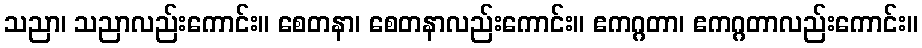
သညာ၊ သညာလည်းကောင်း။ စေတနာ၊ စေတနာလည်းကောင်း။ ဧကဂ္ဂတာ၊ ဧကဂ္ဂတာလည်းကောင်း။